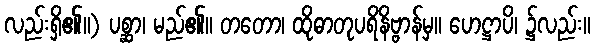
လည်းရှိ၏။) ပစ္ဆာ၊ မည်၏။ တတော၊ ထိုဓာတုပရိနိဗ္ဗာန်မှ။ ဟေဋ္ဌာပိ၊ ၌လည်း။